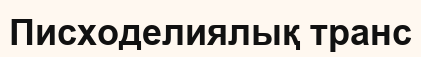
Писходелиялық транс